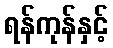
ရန်ကုန်နှင့်